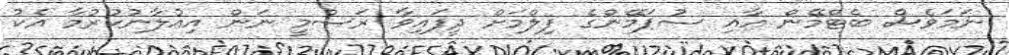
ނަމަވެސް ބެޓްމޭން އާއި ސުޕަމޭންގެ ފިލްމަށް ދީފައިވާ ރަސްމީ ނަން އިއުލާނުކުރުމާ އެކު